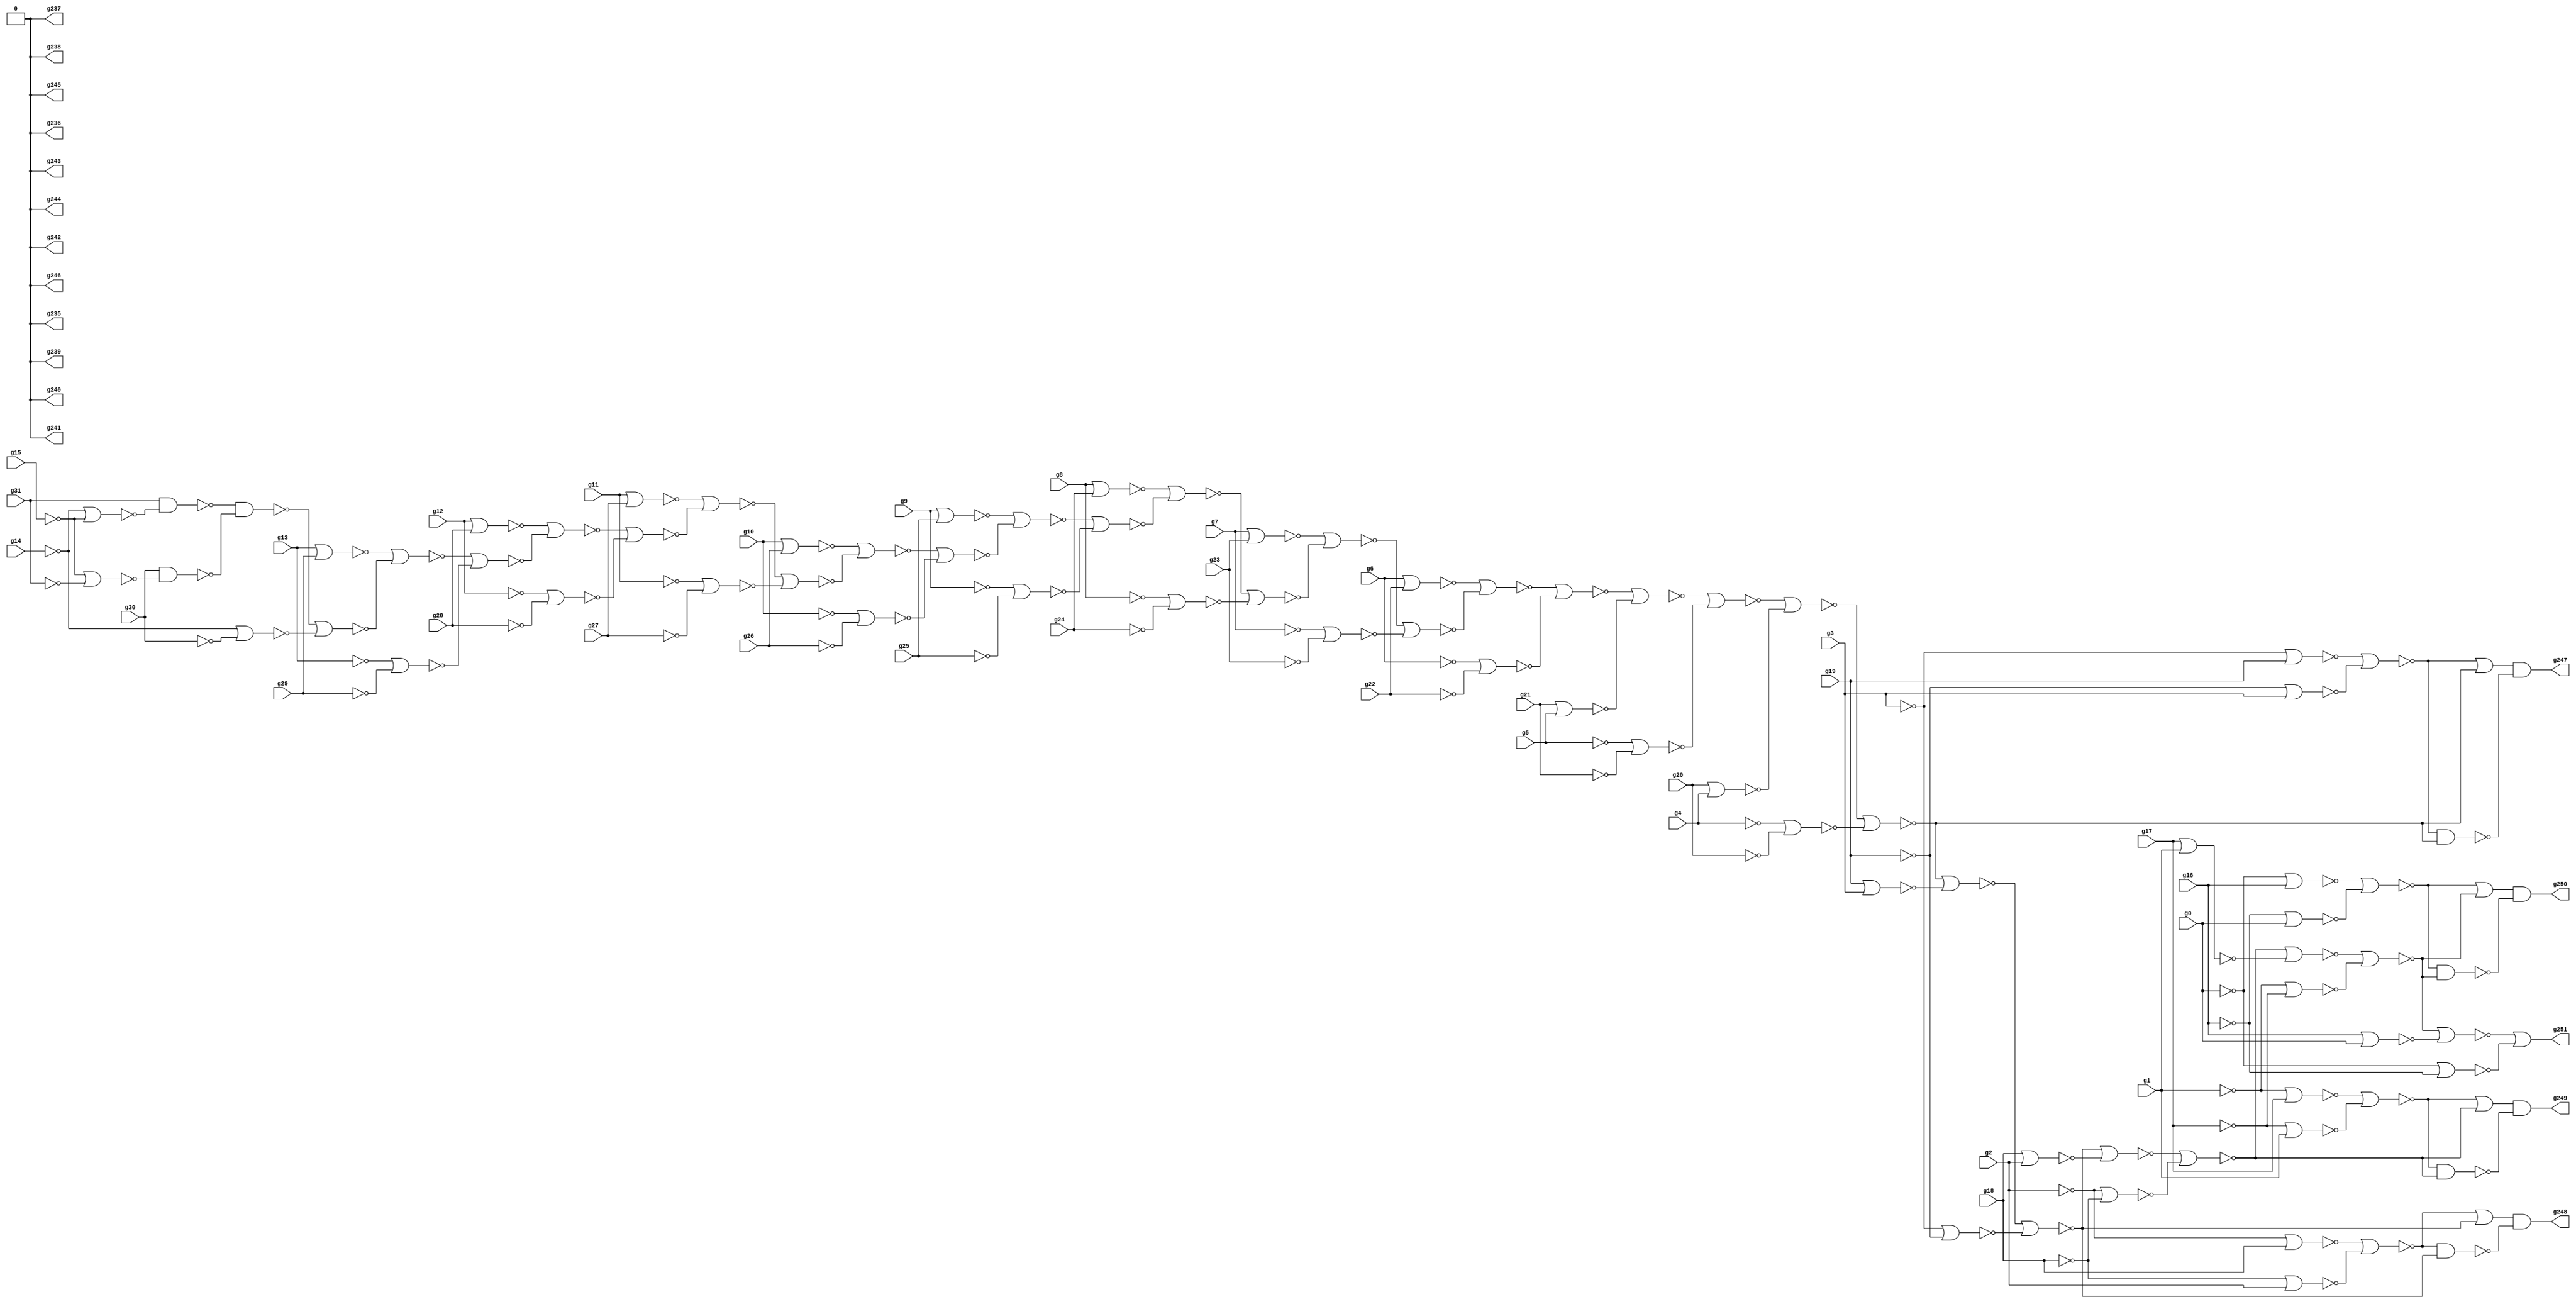
// Benchmark "circuit" written by ABC on Sun Jul  8 15:05:00 2018

module circuit ( 
    g0, g1, g2, g3, g4, g5, g6, g7, g8, g9, g10, g11, g12, g13, g14, g15,
    g16, g17, g18, g19, g20, g21, g22, g23, g24, g25, g26, g27, g28, g29,
    g30, g31,
    g251, g250, g249, g248, g247, g246, g245, g244, g243, g242, g241, g240,
    g239, g238, g237, g236, g235  );
  input  g0, g1, g2, g3, g4, g5, g6, g7, g8, g9, g10, g11, g12, g13, g14,
    g15, g16, g17, g18, g19, g20, g21, g22, g23, g24, g25, g26, g27, g28,
    g29, g30, g31;
  output g251, g250, g249, g248, g247, g246, g245, g244, g243, g242, g241,
    g240, g239, g238, g237, g236, g235;
  wire g32, g36, g38, g41, g42, g43, g44, g45, g46, g47, g48, g49, g50, g51,
    g52, g53, g54, g55, g56, g57, g58, g59, g60, g61, g62, g63, g64, g65,
    g66, g67, g68, g69, g70, g71, g72, g73, g74, g75, g76, g77, g78, g79,
    g80, g81, g82, g83, g84, g85, g86, g87, g88, g89, g90, g91, g92, g93,
    g94, g95, g96, g100, g102, g105, g106, g107, g108, g112, g113, g114,
    g115, g116, g117, g118, g119, g120, g121, g122, g123, g124, g125, g126,
    g127, g128, g129, g130, g131, g132, g133, g134, g135, g136, g137, g138,
    g139, g140, g141, g142, g143, g144, g145, g146, g147, g148, g149, g150,
    g151, g152, g153, g154, g155, g156, g157, g158, g159, g160, g161, g162,
    g230, g231, g232, g233, g234, \0 ;
  assign g32 = ~g31;
  assign g36 = ~g21;
  assign g38 = ~g5;
  assign g41 = ~g6;
  assign g42 = ~g22;
  assign g43 = ~g41 | ~g42;
  assign g44 = ~g7;
  assign g45 = ~g23;
  assign g46 = ~g44 | ~g45;
  assign g47 = ~g8;
  assign g48 = ~g24;
  assign g49 = ~g47 | ~g48;
  assign g50 = ~g9;
  assign g51 = ~g25;
  assign g52 = ~g50 | ~g51;
  assign g53 = ~g10;
  assign g54 = ~g26;
  assign g55 = ~g53 | ~g54;
  assign g56 = ~g11;
  assign g57 = ~g27;
  assign g58 = ~g56 | ~g57;
  assign g59 = ~g12;
  assign g60 = ~g28;
  assign g61 = ~g59 | ~g60;
  assign g62 = ~g13;
  assign g63 = ~g29;
  assign g64 = ~g62 | ~g63;
  assign g65 = ~g14 | ~g15;
  assign g66 = ~g32 & ~g65;
  assign g67 = ~g30;
  assign g68 = ~g15 | ~g31;
  assign g69 = ~g67 & ~g68;
  assign g70 = ~g66 & ~g69;
  assign g71 = ~g14 | ~g30;
  assign g72 = ~g70 | ~g71;
  assign g73 = ~g64 | ~g72;
  assign g74 = ~g13 | ~g29;
  assign g75 = ~g73 | ~g74;
  assign g76 = ~g61 | ~g75;
  assign g77 = ~g12 | ~g28;
  assign g78 = ~g76 | ~g77;
  assign g79 = ~g58 | ~g78;
  assign g80 = ~g11 | ~g27;
  assign g81 = ~g79 | ~g80;
  assign g82 = ~g55 | ~g81;
  assign g83 = ~g10 | ~g26;
  assign g84 = ~g82 | ~g83;
  assign g85 = ~g52 | ~g84;
  assign g86 = ~g9 | ~g25;
  assign g87 = ~g85 | ~g86;
  assign g88 = ~g49 | ~g87;
  assign g89 = ~g8 | ~g24;
  assign g90 = ~g88 | ~g89;
  assign g91 = ~g46 | ~g90;
  assign g92 = ~g7 | ~g23;
  assign g93 = ~g91 | ~g92;
  assign g94 = ~g43 | ~g93;
  assign g95 = ~g6 | ~g22;
  assign g96 = ~g94 | ~g95;
  assign g100 = ~g20;
  assign g102 = ~g4;
  assign g105 = ~g36 | ~g38;
  assign g106 = ~g96 | ~g105;
  assign g107 = ~g5 | ~g21;
  assign g108 = ~g106 | ~g107;
  assign g112 = ~g19;
  assign g113 = ~g3 | ~g112;
  assign g114 = ~g3;
  assign g115 = ~g19 | ~g114;
  assign g116 = ~g113 | ~g115;
  assign g117 = ~g100 | ~g102;
  assign g118 = ~g108 | ~g117;
  assign g119 = ~g4 | ~g20;
  assign g120 = ~g118 | ~g119;
  assign g121 = ~g116 | ~g120;
  assign g122 = ~g121;
  assign g123 = ~g116 & ~g120;
  assign g124 = ~g18;
  assign g125 = ~g2 | ~g124;
  assign g126 = ~g2;
  assign g127 = ~g18 | ~g126;
  assign g128 = ~g125 | ~g127;
  assign g129 = ~g112 | ~g114;
  assign g130 = ~g120 | ~g129;
  assign g131 = ~g3 | ~g19;
  assign g132 = ~g130 | ~g131;
  assign g133 = ~g128 | ~g132;
  assign g134 = ~g133;
  assign g135 = ~g128 & ~g132;
  assign g136 = ~g17;
  assign g137 = ~g1 | ~g136;
  assign g138 = ~g1;
  assign g139 = ~g17 | ~g138;
  assign g140 = ~g137 | ~g139;
  assign g141 = ~g124 | ~g126;
  assign g142 = ~g132 | ~g141;
  assign g143 = ~g2 | ~g18;
  assign g144 = ~g142 | ~g143;
  assign g145 = ~g140 | ~g144;
  assign g146 = ~g145;
  assign g147 = ~g140 & ~g144;
  assign g148 = ~g16;
  assign g149 = ~g0 | ~g148;
  assign g150 = ~g0;
  assign g151 = ~g16 | ~g150;
  assign g152 = ~g149 | ~g151;
  assign g153 = ~g136 | ~g138;
  assign g154 = ~g144 | ~g153;
  assign g155 = ~g1 | ~g17;
  assign g156 = ~g154 | ~g155;
  assign g157 = ~g152 | ~g156;
  assign g158 = ~g157;
  assign g159 = ~g152 & ~g156;
  assign g160 = ~g148 | ~g150;
  assign g161 = ~g156 | ~g160;
  assign g162 = ~g0 | ~g16;
  assign g230 = ~g122 & ~g123;
  assign g231 = ~g134 & ~g135;
  assign g232 = ~g146 & ~g147;
  assign g233 = ~g158 & ~g159;
  assign g234 = ~g161 | ~g162;
  assign g235 = \0 ;
  assign g236 = \0 ;
  assign g237 = \0 ;
  assign g238 = \0 ;
  assign g239 = \0 ;
  assign g240 = \0 ;
  assign g241 = \0 ;
  assign g242 = \0 ;
  assign g243 = \0 ;
  assign g244 = \0 ;
  assign g245 = \0 ;
  assign g246 = \0 ;
  assign g247 = g230;
  assign g248 = g231;
  assign g249 = g232;
  assign g250 = g233;
  assign g251 = g234;
  assign \0  = 1'b0;
endmodule